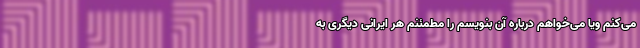
می‌کنم ویا می‌خواهم درباره آن بنویسم را مطمئنم هر ایرانی دیگری به